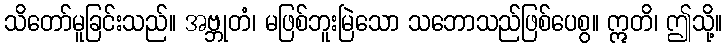
သိတော်မူခြင်းသည်။ အဗ္ဘုတံ၊ မဖြစ်ဘူးမြဲသော သဘောသည်ဖြစ်ပေစွ။ ဣတိ၊ ဤသို့။